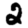
Digit: 2